Medical and sanitary report of the native army of Madras for the year
Year: 1876
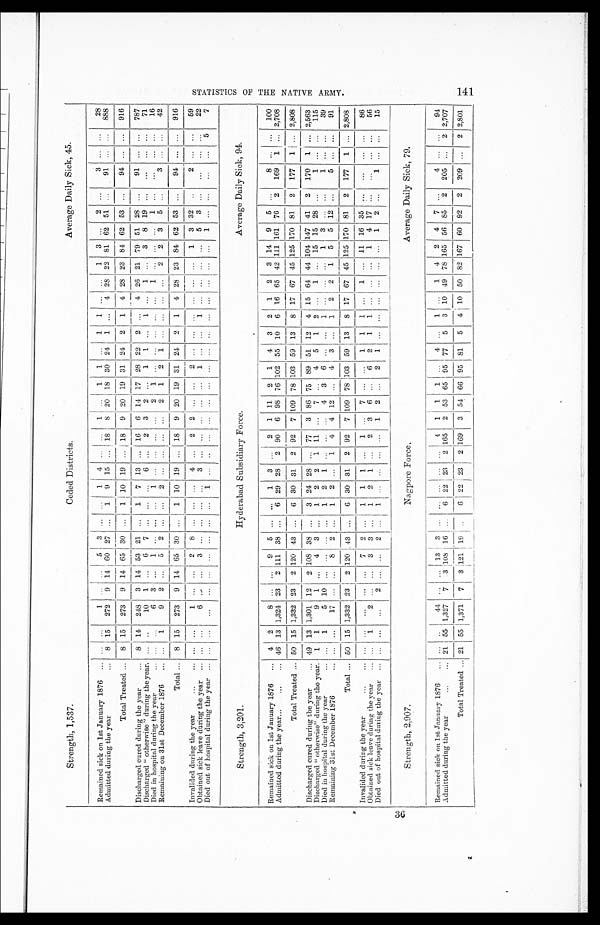
Strength, 1,537.
Ceded Districts.
Average Daily Sick, 45.
Remained sick on 1st January 1876
... ...
1
. . .
...
5 3 ...
. . .
1 4 ... ...
1
. . .
1
1 ...
1 1
. . .
...
1 3 ...
2 ...
3 ...
. . .
28
Admitted during the year
8 15 272 9 14 60 27
. . .
1
9 15 ... 18 8 20 18 30 24 1 ... 4 28 22 81 62 51
. . .
91 ... ...
888
Total Treated
8 15 273 9 14 65 30 ...
1 10 19 ... 18 9 20 19 31 24 2 1 4 28 23 84 62 53 ...
94 ... ...
916
Discharged cured during the year
8 14 248 3 14 53 21
. . .
1 7 13
. . .
16 6 14 17 28 22 2
. . .
4 26 21 79 51 28 ...
91 ... ...
787
Discharged "otherwise" during the year. ... ...
10 1 ... 6 7 ... ... ...
6 ...
2 3 2 ...
1
1 ...
1
. . .
1 ...
3 8 19 ... ...
... ...
71
Died in hospital during the year
...
. . .
6 3 ...
1 ... ...
. . .
1
. . .
. . .
. . .
. . .
2 1
. . .
. . .
. . .
. . .
. . .
1 . . .
. . .
...
1 ...
...
... ...
16
Remaining on 31st December 1876
. . .
1
9 2
. . .
5 2
. . .
. . .
2
. . .
. . .
. . .
. . .
2 1 2
1 . . .
. . .
. . .
. . .
2
2
3
5
. . .
3 ... ...
42
Total
8 15 273
9
14 65 30
. . .
1 10 19
. . .
18
9
20 19 31 24 2 1 4 28 23 84 62 53
. . .
94
. . .
...
916
Invalided during the year
... ...
1 ... ...
2 8 ... ...
. . .
4 ...
2 2 ... ...
2
. . .
. . .
. . .
. . .
. . .
. . .
1 3 32 ...
2
. . .
...
59
Obtained sick leave during the year
... ...
6
. . .
. . .
3
. . .
. . .
. . .
. . .
3
. . .
. . .
. . .
. . .
. . .
1
. . .
. . .
1
. . . . . .
. . .
. . .
5
3
. . .
. . .
. . .
. . .
2 2
Died out of hospital during the year
... ...
...
... ... ... ... ... ...
1
. . .
. . .
. . .
. . .
. . .
. . .
. . .
. . .
. . .
. . .
. . .
. . . . . .
. . .
1
. . .
. . .
. . .
...
5
7
Strength, 3,201.
Hyderabad Subsidiary Force.
Average Daily Sick, 94.
Remained sick on 1st January 1876
4 2
8 ... ... 9 5 ... ...
1 3 ...
2 1 11 2 1 4 3 2 1 2 3 14 9 5 ...
8 ... ...
100
Admitted during the year
46 13 1,324 23 2 111 38
. . .
6 29 28 2 90 6 98 76 102
5 5
10 6 16 65 42 111 161 76 2 169
1
. . .
2,708
Total Treated
50 15 1,332 23 2 120 43 ...
6 30 31 2 92 7 109 78 103 59 13 8 17 67 45 125 170 81 2 177 1 ... 2,808
Discharged cured during the year
49 13 1,301
1 2
2 108 38
. . .
3 24 28 ... 77 3 86 75 89 51 12 4 15 64 44 104 147 41 2 170 1 ... 2,563
Discharged "otherwise" during the year. 1 1
9 1 ... 4 3
. . .
1 2 2 1 11 ... 7 ... 4 5 1 2 ...
1 ... 15 15 28 ...
1 ...
. . .
115
Died in hospital during the year
...
1
5 10
. . .
... ... ...
1 2 1 ... ...
. . .
4 3 6 ... ...
1 ... ... ...
1 3 ... ...
1 ... ...
39
Remaining 31st December 1876
... ...
17 ...
. . .
8 2 ...
1 2 ...
1 4 4 12 ...
4 3
. . .
1 2 2 1 5 5 12 ...
5
. . .
. . .
91
Total
50 15 1,332 23 2 120 43 ...
6 30 31 2 92 7 109 78 103 59 13 8 17 67 45 125 170 81 2 177 1 ... 2,808
Invalided during the year
... ...
...
. . .
. . .
7 2 ...
1 1 1 ...
1 ...
7
. . .
. . .
1 1 1 ...
1
. . .
11 16 35
. . .
...
. . .
. . .
86
Obtained sick leave during the year
...
1
2
. . . . . .
3 3 ...
1 2 1 ...
2 3 6 ...
6 2 1 1 ... ... ...
1 4 17 ...
...
... ...
56
Died out of hospital during the year
. . .
...
. . .
2
. . .
...
2
. . .
1
. . .
. . .
. . .
...
1 2 ...
2 1
. . .
. . .
. . .
. . .
. . .
. . .
1 2
. . .
1
. . .
. . .
15
Strength 2,907
Nagpore Force.
Average Daily Sick, 79.
Remained sick on 1st January 1876
. . .
. . .
44
. . .
... 13 3
. . .
. . .
. . . . . .
. . .
4
1 1 1 ... 4
. . .
1 ...
1 4 2 4 7 ...
4
. . .
. . .
94
Admitted during the year
21 55 1,327 7 3 108 16 ...
6
2 2
23 2 165 2 53 65 95 77
5
3 10 49 78 165 56 85 2 205 ... 2 2,707
Total Treated
21 55 1,37 1 7 3 12 1 19 ... 6 22 23 2 169 3 54 66 95 81 5 4 10 50 82 167 60 92 2 209
. . .
2 2,801